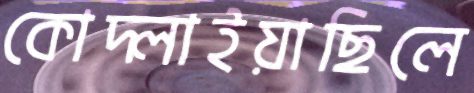
কোদ্‌লাইয়াছিলে